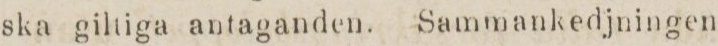
ska giltiga antaganden. Sammankedjningen